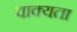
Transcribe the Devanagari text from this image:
वाक्यता